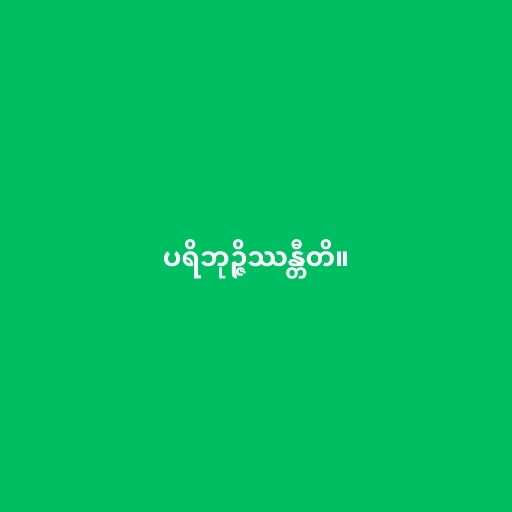
ပရိဘုဉ္ဇိဿန္တီတိ။